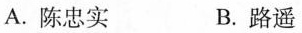
A.陈忠实 B.路遥